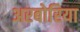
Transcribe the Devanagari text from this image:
अरबोरिया